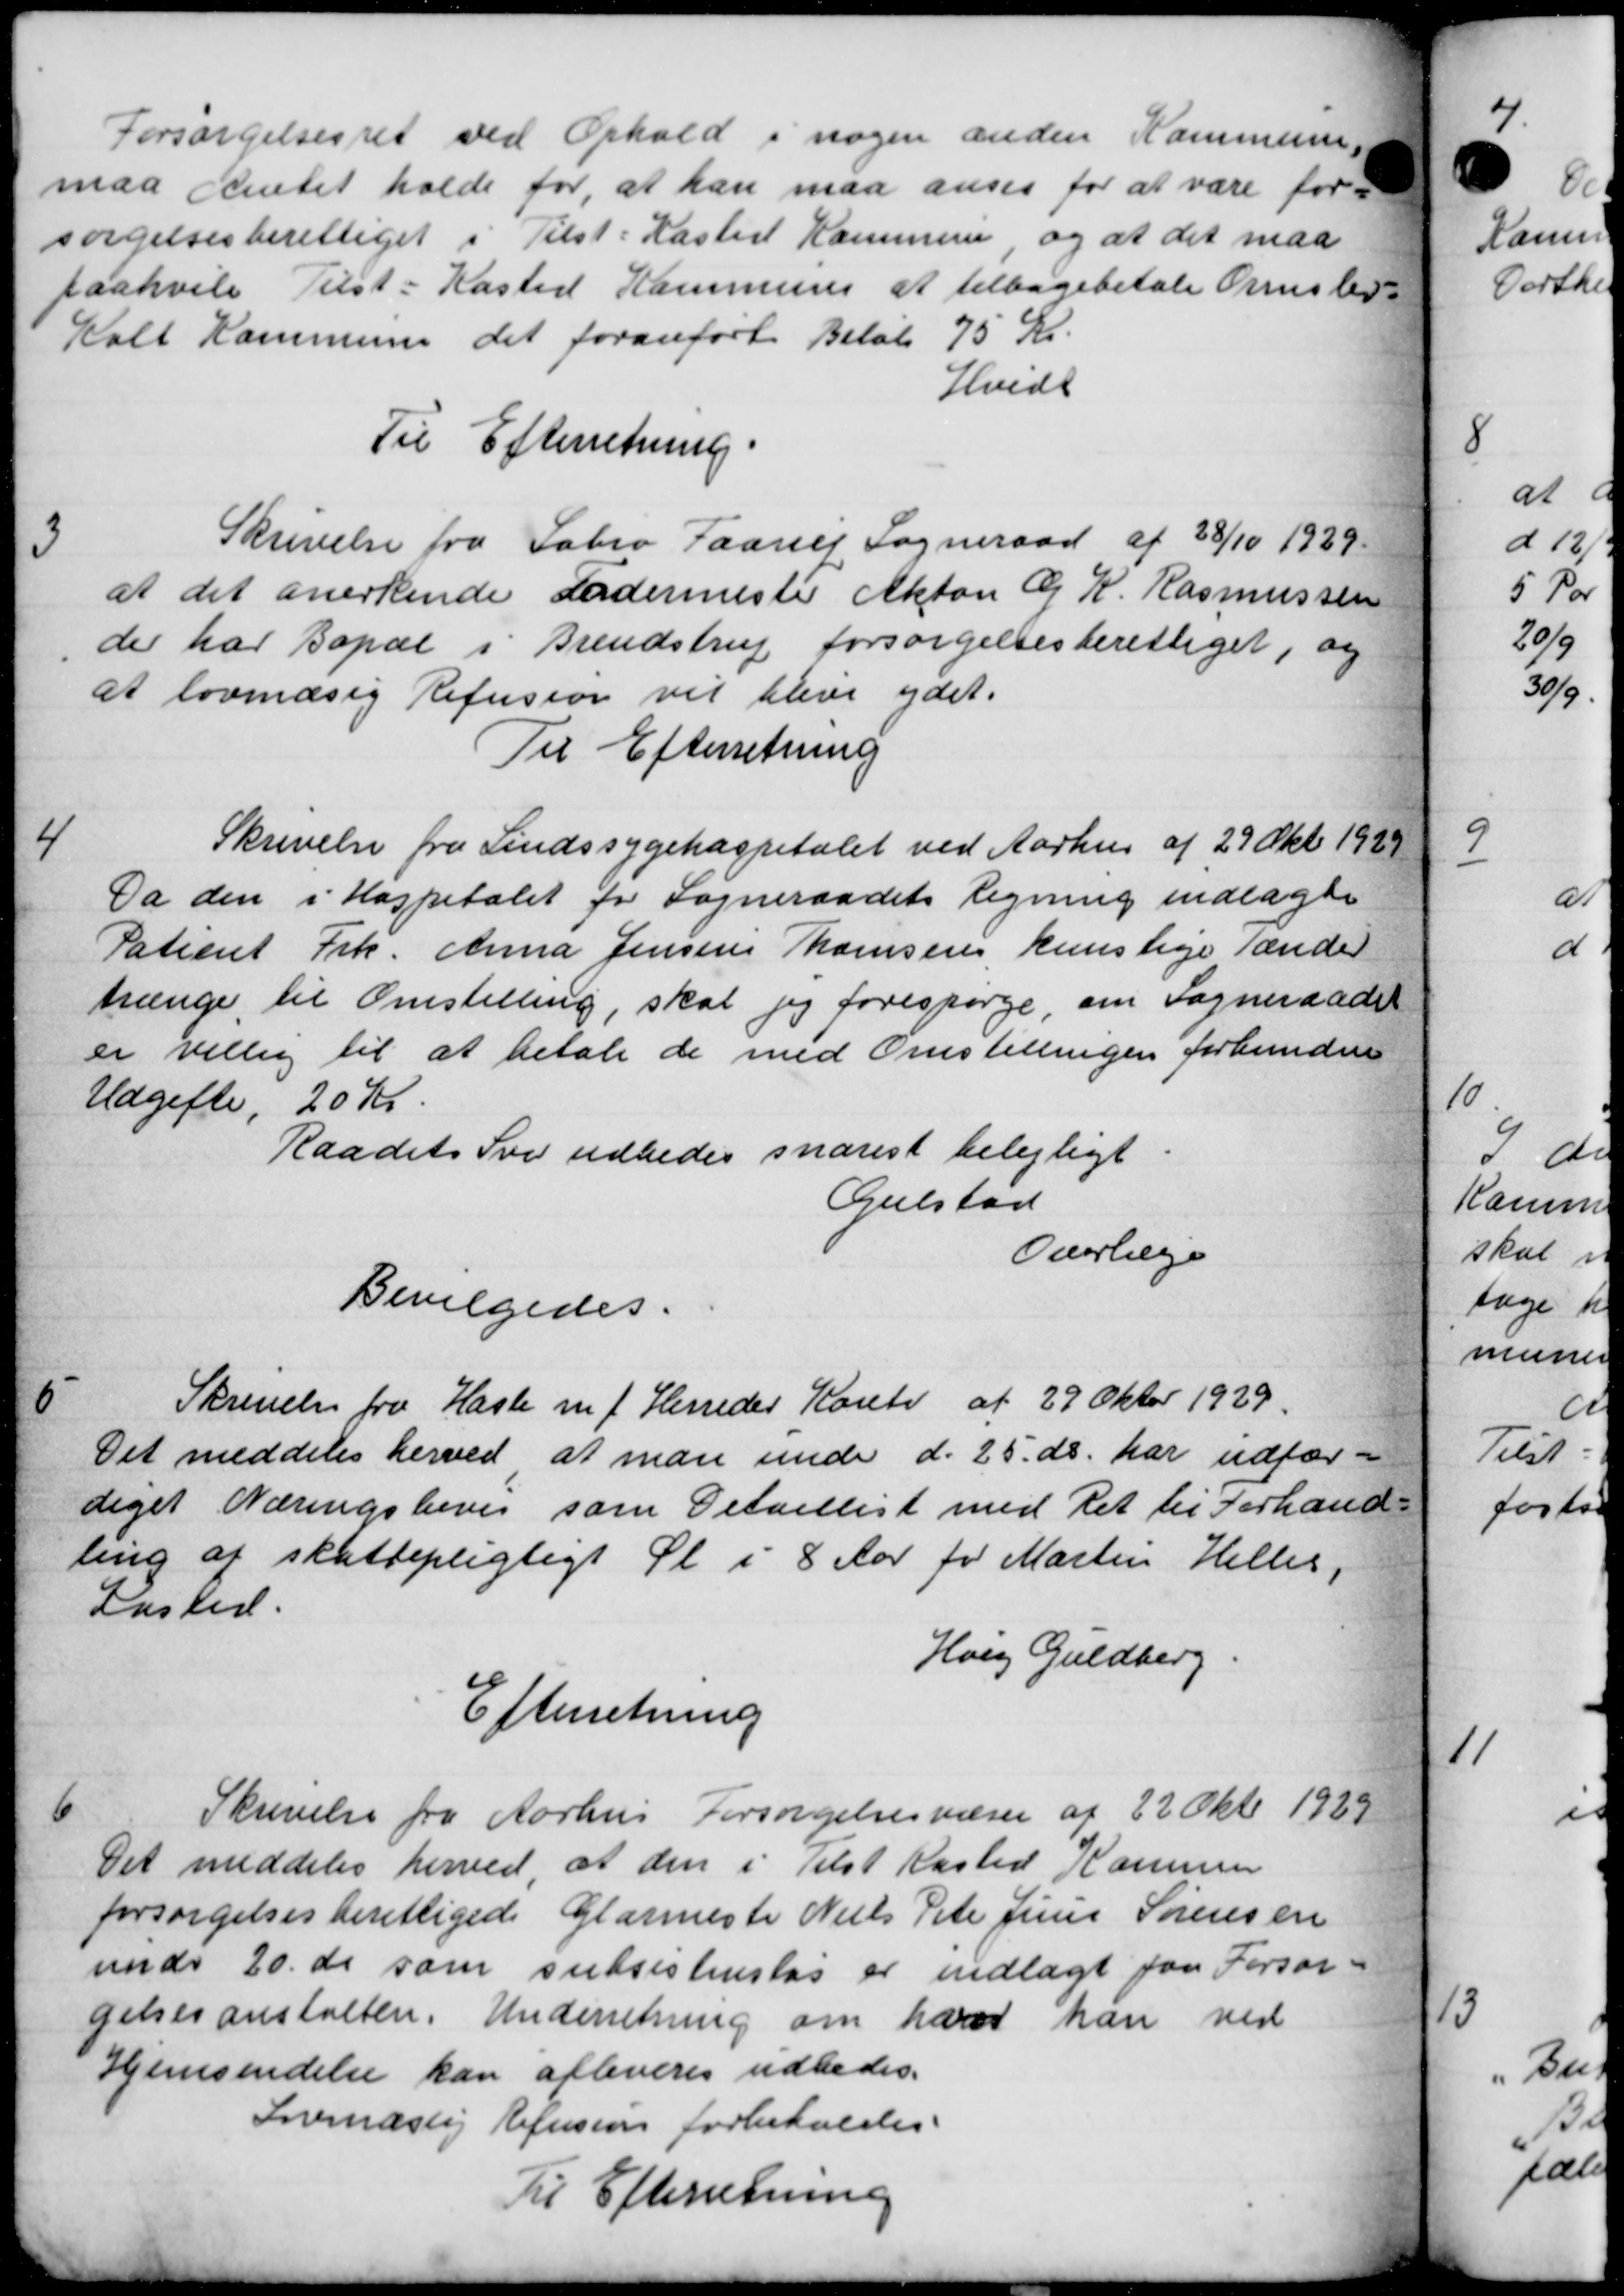
Transskription:
Forsørgelsesret ved Ophold i nogen anden Kommune
maa Amtet holde for, at han maa anses for at være for-
sørgelsesberettiget i Tilst Kasted Kommune og at det maa
paahvile Tilst-Kasted Kommune at tilbagebetale Ormslev-
Kolt Kommune det foranført Beløb 75 Kr.
Hvidt
Til Efterretning.
3
Skrivelse fra Fabro Faarup Sogneraad af 28/10 1929
at det anerkende Fodermester Akton G. K. Rasmussen
de har Bopæl i Brendstrup forsørgelsesberettiget, og
at lovmæsig Refusion vil blive ydet.
Til Efterretning
4
Skrivelse fra Sindssygehospitalet ved Aarhus af 29 Okt 1929
Da den i Hospitalet for Sogneraadets Regning indlagte
Patient Frk. Anna Jensens Thomsens kuns lige Tænder
trænge til Omstilling, skal jeg forespørge, om Sogneraadet
er villig til at betale de med Omstillingen forbundne
Udgifte, 20 Kr.
Raadets Svar udbedes snarest belejligt
Gulstad
Overlæge
Bevilgedes.

Skrivelse fra Hasle m f. Herreder Konto af 29 Oktor 1929.
Det meddeles herved at man under d. 25. ds. har udfær-
diget Næringsbevis som Detaillist med Ret til Forhand-
ling af skattepligtigt Pl. i 8 Aar for Martin Helles,
Kasted.
Horg Guldberg.
Efterretning

Skrivelse fra Aarhus Forsørgelsesvæsen af 22 Okt. 1929
Det meddeles herved, at den i Tilst Kasted Kommun
forsørgelsesberettigede Glarmeste Niels Peter Jens Sørensen
under 20. de som subsistenstes er indlagt paa Forsør-
gelsesanstalten. Underretning om hans han ved
Hjemsendelse kan afleveres udbedes.
Sovindstig Refusion forbeholdes.
Til Efterretning